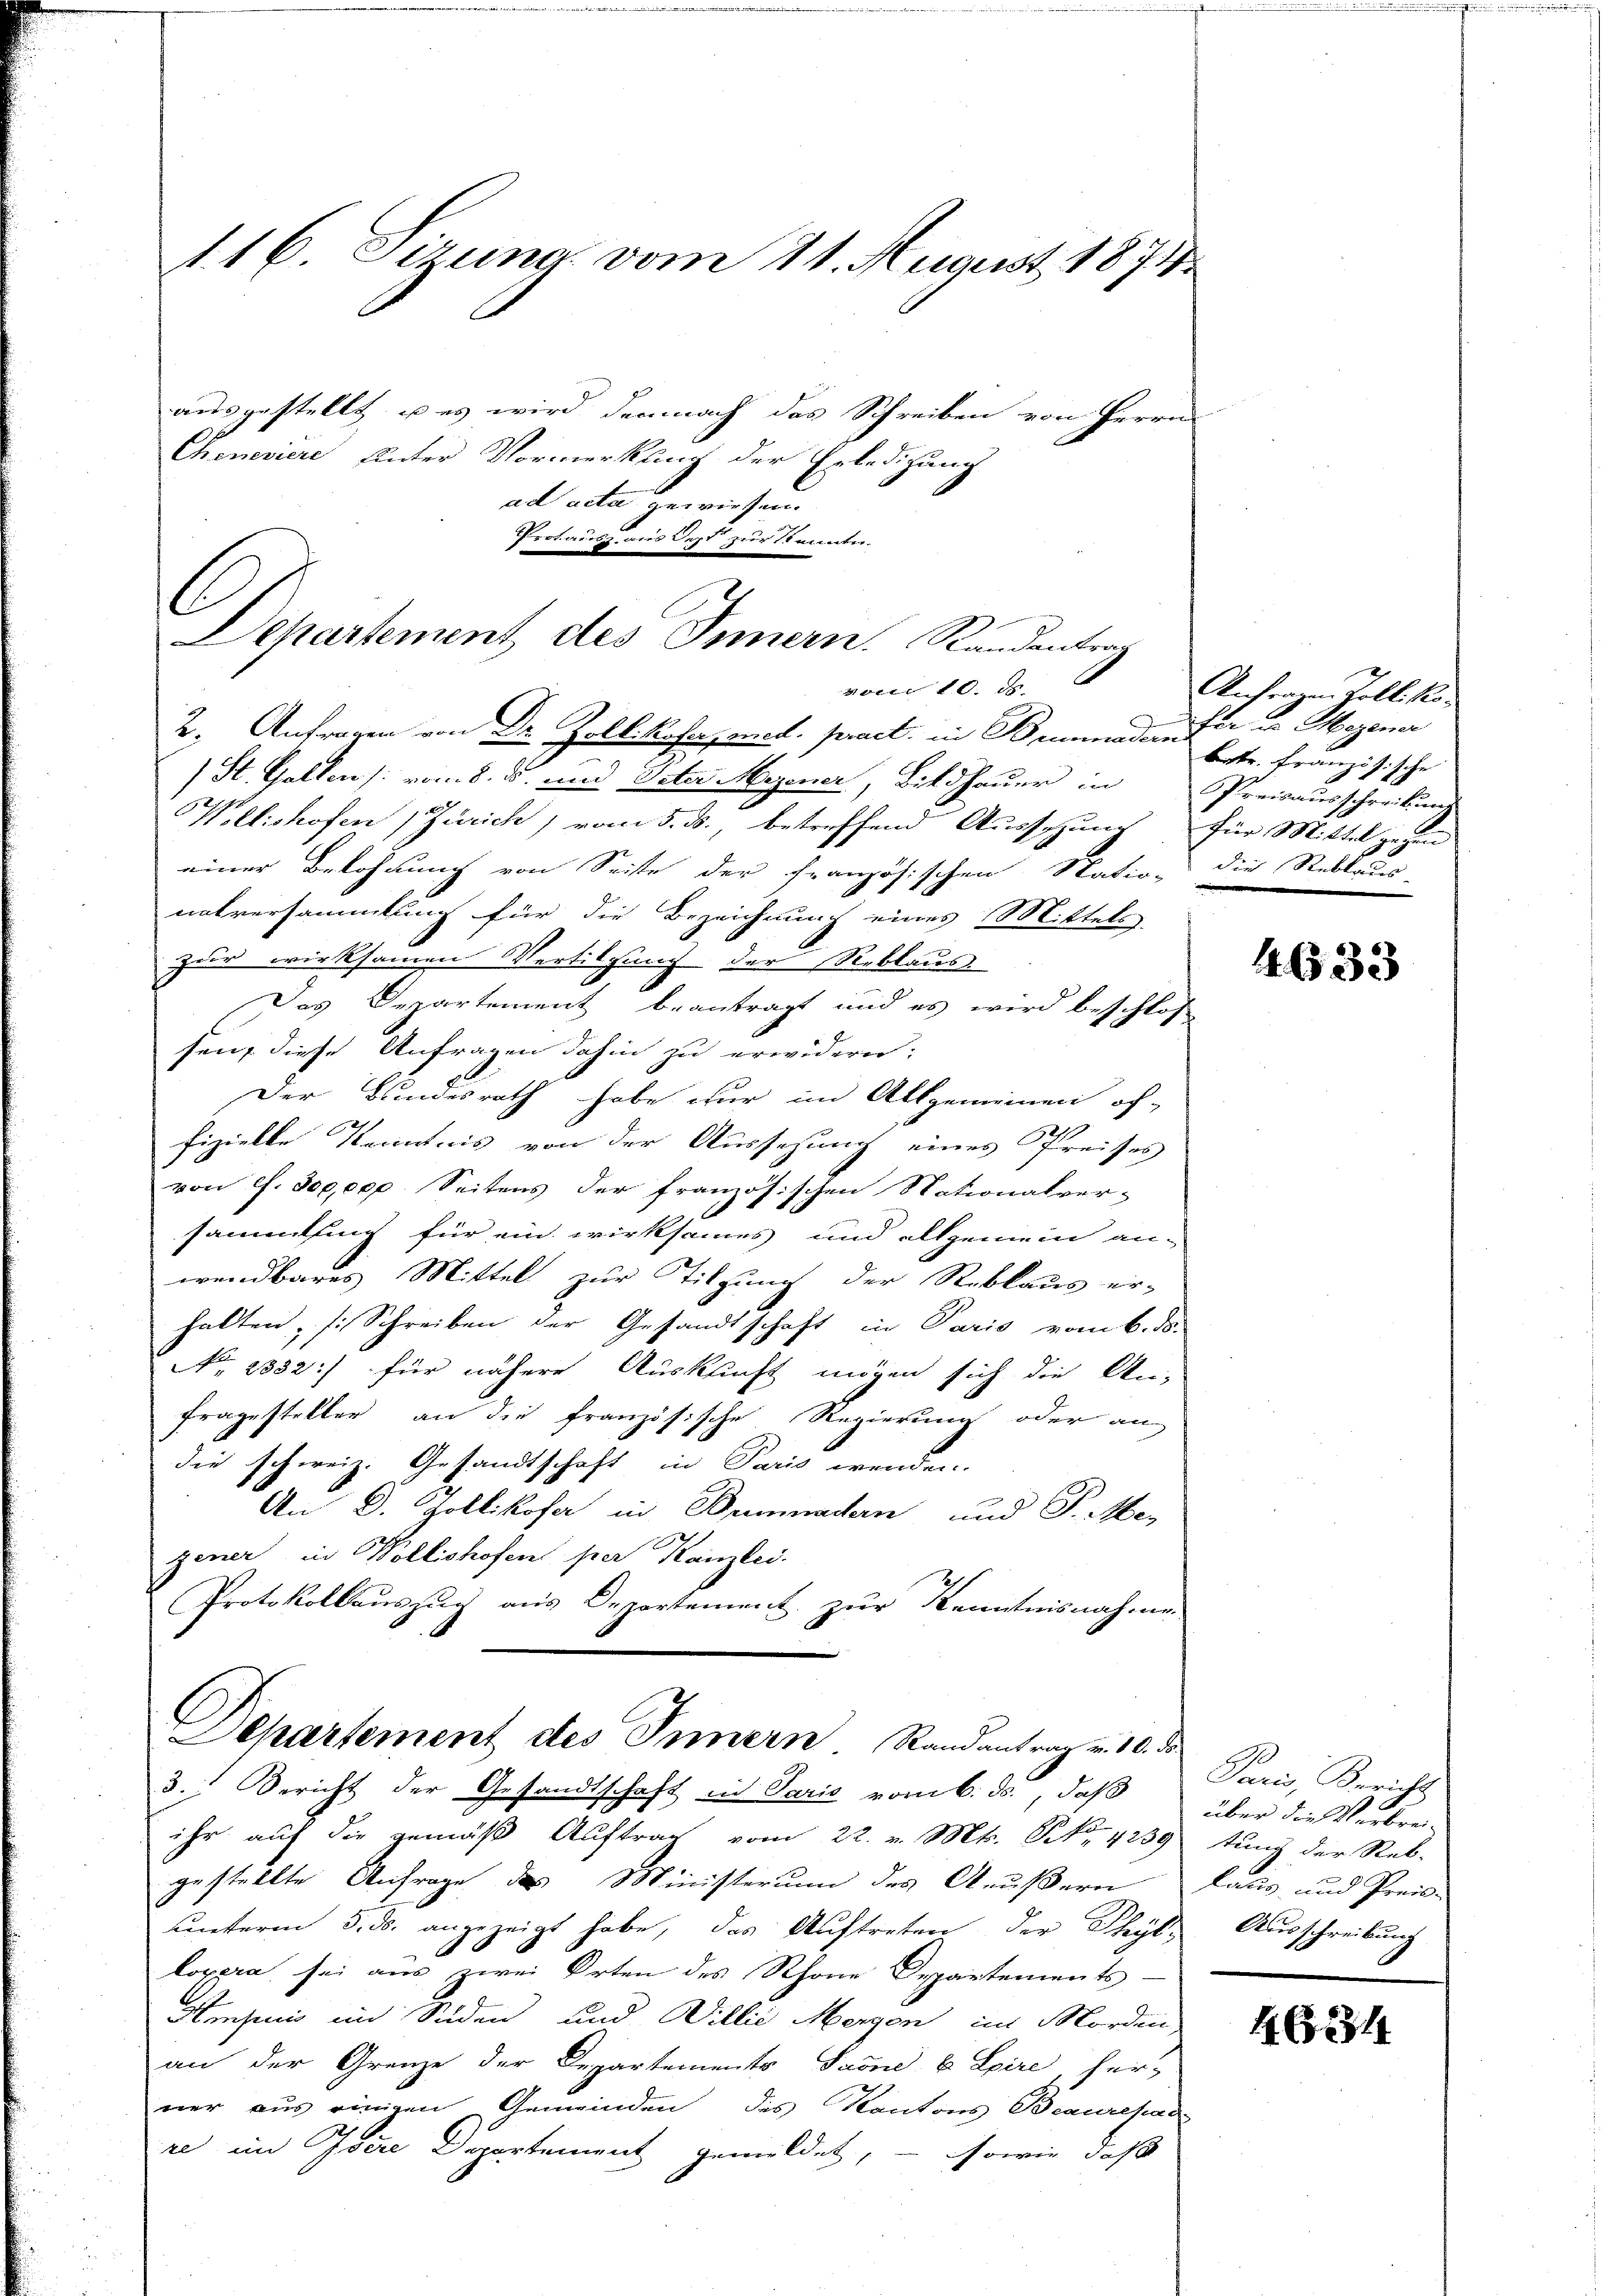
116. Sizung vom 11. August 1874
ausgestellt, u es wird demnach das Schreiben von Herrn
Cheneviere Einter Vormerklung der Erledigung
ad acta gewiesen.

C
Departement des Innern. Randentrag
vom 10. d.
2. Antragen von Dr. Zollikofenzend. pract. in Benadenfer u. Magener

) St. Gallen (: vom 8. ds. und Veter Mezener, Bildhauer in Preisausschreibung
Kelishofen (Zürich, vom 5. ds., betreffend Ausschung für Mittel gehen
einer Belohnung von Seite der französischen Station die Reblaues
natversammlung für die Bezeichnung eines Mittels
zur wirksamen Vertilgung der Reblaus
Das Departement beantragt und es wird beschlos
hen, diese Anfragen dahin zu erwidern:
Der Bundesrath habe nur im Allgemeinen of-
fizielle Kenntnis von der Aussehung eines Preises
von f. 300,000. Seitens der französischen Nationalver-
sammlung für ein wirksames und allgemein an-
wendbares Mittel zur Tilgung der Reblaus er-
halten, s. Schreiben der Gesandtschaft in Paris vom 6. ds.
No. 1882.) für nähere Auskunft mögen sich die An-
Fragesteller an die französische Regierung oder an-
die schweiz. Gesandtschaft in Paris wenden.
An D. Zollikofer in Brunadern und J. Mer
gener in Wollishofen per Kanzlei.
Protokollauszug aus Departement zur Kenntnisnahme

Protausz aus dest zur Kennte.

ihr auf die gemäß Auftrag vom 22. v. Mts. NNo. 4259 tung der Reb-
gestellte Anfrage des Ministerum des Aeußern
unterm 5. ds. angezeigt habe, das Auftreten der Phyl- Ausschreibung
lopera sei aus zwei Orten des Schöne Departements-
Heisen im Süden und Willie Mergen im Morden
an der Grenze der Departements Seoni u Epire, her-
ner aus einigen Gemeinden des Kantons Beauresad
re im Isere Departement gemildet, – sowie daß

Departement des Innern Randantrag v. 10. ds.
3. Bericht der Gesandtschaft in Parić vom 6. ds., daß

Anfragen Zoll. Kobatr. Französische

4633

Paris, Bericht
über die Verbrei¬
Lang und Preis-

162